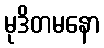
မုဒိတမနော